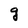
Character: g